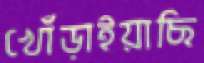
খোঁড়াইয়াছি